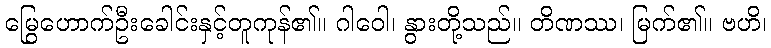
မြွေဟောက်ဦးခေါင်းနှင့်တူကုန်၏။ ဂါဝေါ၊ နွားတို့သည်။ တိဏဿ၊ မြက်၏။ ဗဟိ၊